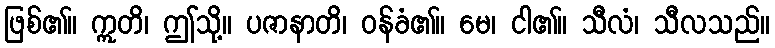
ဖြစ်၏။ ဣတိ၊ ဤသို့။ ပဇာနာတိ၊ ဝန်ခံ၏။ မေ၊ ငါ၏။ သီလံ၊ သီလသည်။